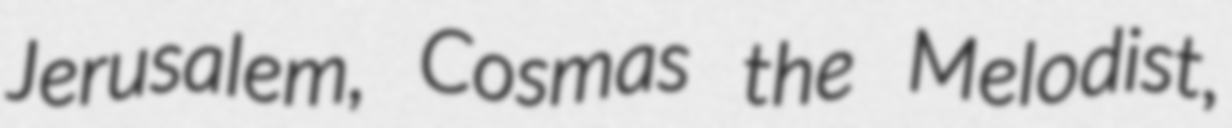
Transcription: Jerusalem, Cosmas the Melodist,